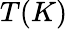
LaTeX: T(K)